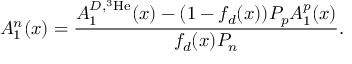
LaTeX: A _ { 1 } ^ { n } ( x ) = { \frac { A _ { 1 } ^ { D , ^ { 3 } \mathrm { H e } } ( x ) - ( 1 - f _ { d } ( x ) ) P _ { p } A _ { 1 } ^ { p } ( x ) } { f _ { d } ( x ) P _ { n } } } .